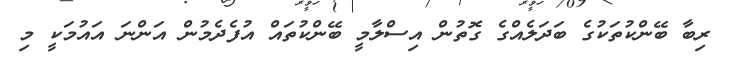
ރިބާ ބޭންކުތަކުގެ ބަދަލެއްގެ ގޮތުން އިސްލާމީ ބޭންކުތައް އުފެދެމުން އަންނަ އައުމަކީ މި